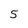
Character: 5